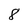
Character: 8